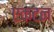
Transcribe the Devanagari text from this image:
एकटन